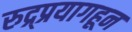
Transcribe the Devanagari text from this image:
रुद्र्प्रयागहून